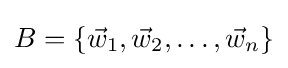
B=\{{\vec {w}}_{1},{\vec {w}}_{2},\dots ,{\vec {w}}_{n}\}